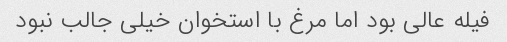
فیله عالی بود اما مرغ با استخوان خیلی جالب نبود